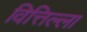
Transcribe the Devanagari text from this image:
वित्तिल्ला